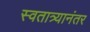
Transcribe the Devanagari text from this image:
स्वतात्र्यानंतर